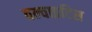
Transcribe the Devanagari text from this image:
वल्वाइटिस